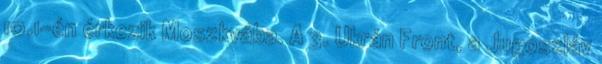
10.1-én érkezik Moszkvába. A 3. Ukrán Front, a Jugoszláv